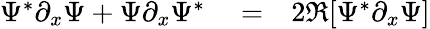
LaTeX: \begin{array}{rlr}{\Psi^{*}\partial_{x}\Psi+\Psi\partial_{x}\Psi^{*}}&{{}=}&{2\Re[\Psi^{*}\partial_{x}\Psi]}\end{array}